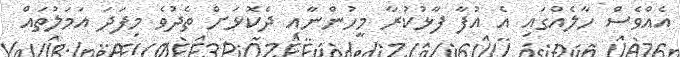
އެއްވެސް ހާލެއްގައި އެ އުފާ ފާޅުކުރާ މީހުންނާއި ދެކޮޅަށް ތެދުވެ މިފަދަ އަމަލުތައް